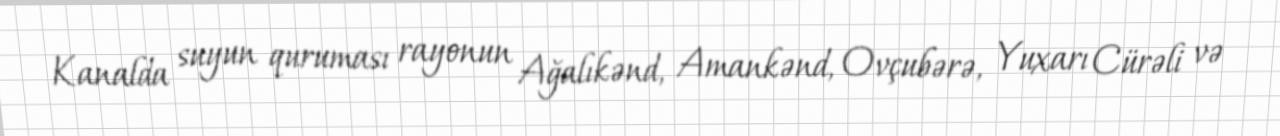
Kanalda suyun quruması rayonun Ağalıkənd, Amankənd, Ovçubərə, Yuxarı Cürəli və